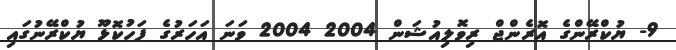
9- ޔުކްރޭންގެ އޮރެންޖް ރިވޮލިއުޝަން 2004 2004 ވަނަ އަހަރުގެ ފަހުކޮޅޫ ޔުކްރޭނުގައި